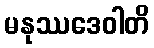
မနုဿဒေဝါတိ